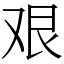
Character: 艰